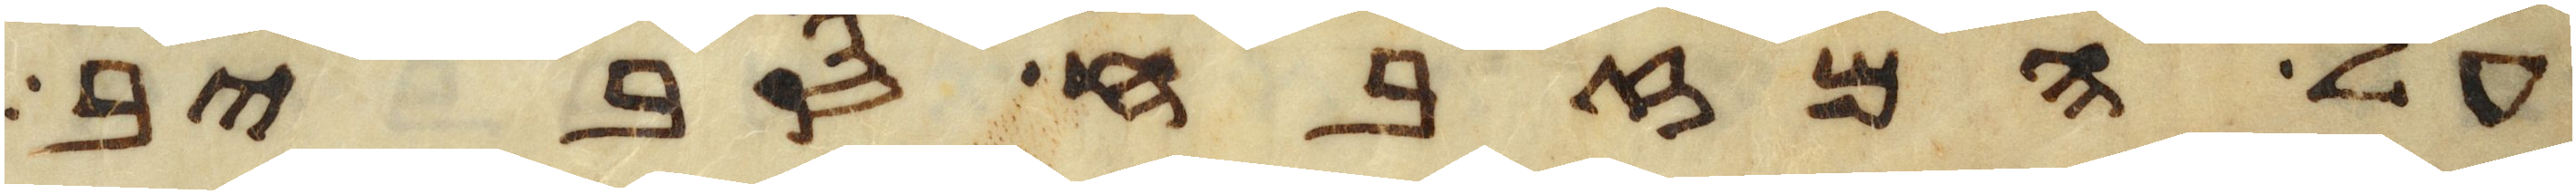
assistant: על המזבח סביב